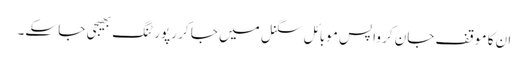
ان کا موقف جان کر واپس موبائل سگنل میں جا کر رپورٹنگ بھیجی جا سکے۔